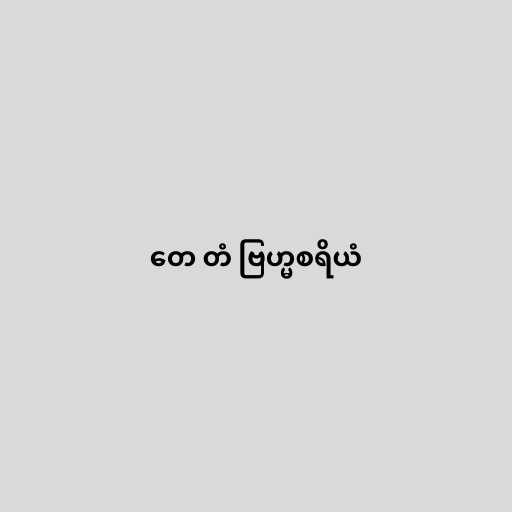
တေ တံ ဗြဟ္မစရိယံ